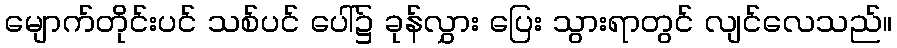
မျောက်တိုင်းပင် သစ်ပင် ပေါ်၌ ခုန်လွှား ပြေး သွားရာတွင် လျင်လေသည်။